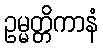
ဥမ္မတ္တိကာနံ